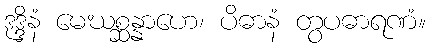
ဒုဒ္ဒိနံ မေဃစ္ဆန္နာဟေ၊ ပိဓာနံ တွပဓာရဏံ။